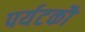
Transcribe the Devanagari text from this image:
पर्यटकौं